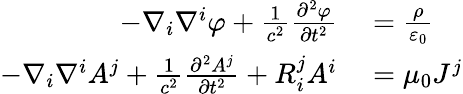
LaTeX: \begin{array}{rl}{-\nabla_{i}\nabla^{i}\varphi+{\frac{1}{c^{2}}}{\frac{\partial^{2}\varphi}{\partial t^{2}}}}&{{}={\frac{\rho}{\varepsilon_{0}}}}\\ {-\nabla_{i}\nabla^{i}A^{j}+{\frac{1}{c^{2}}}{\frac{\partial^{2}A^{j}}{\partial t^{2}}}+R_{i}^{j}A^{i}}&{{}=\mu_{0}J^{j}}\end{array}